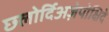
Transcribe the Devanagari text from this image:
छ्लोर्दिअज़ेपोक्षिदे